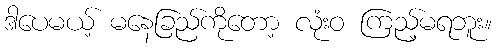
ဒါပေမယ့် မနေခြည်ကိုတော့ လုံးဝ ကြည့်မရဘူး။